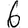
Digit: 6